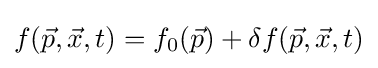
f({\vec {p}},{\vec {x}},t)=f_{0}({\vec {p}})+\delta f({\vec {p}},{\vec {x}},t)